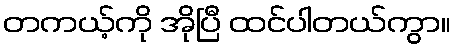
တကယ့်ကို အိုပြီ ထင်ပါတယ်ကွာ။